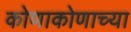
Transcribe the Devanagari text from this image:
कोणाकोणाच्या